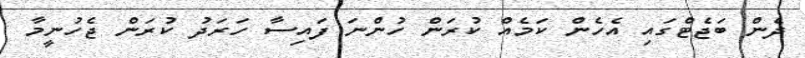
ދެން ބަޖެޓްގައި އެހެން ކަމެއް ކުރަން ހުންނަ ފައިސާ ހަރަދު ކުރަން ޖެހުނީމާ